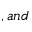
, a n d